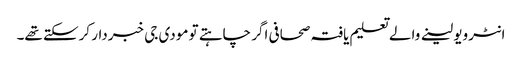
انٹرویو لینے والے تعلیم یافتہ صحافی اگر چاہتے تو مودی جی خبردار کرسکتے تھے۔